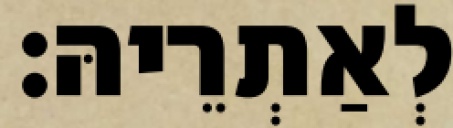
לְאַתְרֵיהּ׃